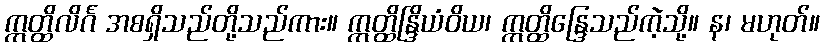
ဣတ္ထိလိင်္ဂ အစရှိသည်တို့သည်ကား။ ဣတ္ထိန္ဒြိယံဝိယ၊ ဣတ္ထိန္ဒြေသည်ကဲ့သို့။ န၊ မဟုတ်။